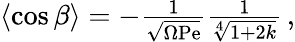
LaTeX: \begin{array}{r}{\left\langle\cos\beta\right\rangle=-\frac{1}{\sqrt{\Omega\mathrm{Pe}}}\frac{1}{\sqrt[4]{1+2k}}\, ,}\end{array}